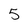
Character: 5